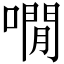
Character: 㗴